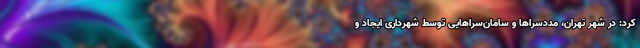
کرد: در شهر تهران، مددسراها و سامان‌‌سراهایی توسط شهرداری ایجاد و